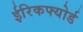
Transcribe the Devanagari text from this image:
ईरिकफ्योर्ड